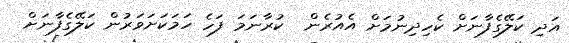
އަދި ކަލޭގެފާނަށް ކެހިދިނުމަށް އެއުރެން  ކުރާނަމަ ފަހެ ހަމަކަށަވަރުން ކަލޭގެފާނަށް